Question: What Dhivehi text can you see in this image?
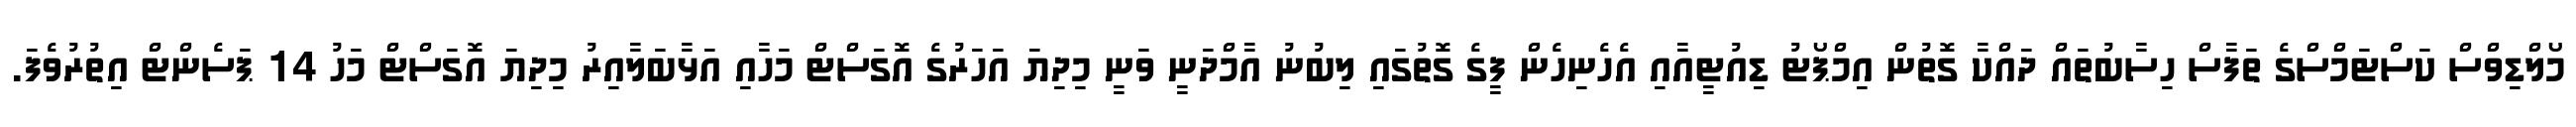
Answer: މޯލްޑިވްސް ކަސްޓަމްސްގެ ތަފާސް ހިސާބުތައް ދައްކާ ގޮތުން އިމްޕޯޓު ޑިއުޓީއާއި އެހެނިހެން ފީގެ ގޮތުގައި ލިބުނު އާމްދަނީ ވަނީ މިދިޔަ އަހަރުގެ އޮގަސްޓް މަހާއި އަޅާބަލާއިރު މިދިޔަ އޮގަސްޓް މަހު 14 ޕަސެންޓް އިތުރުވެފަ.